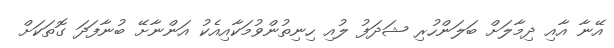
އޭނާ އާއި ދިމާލަށް ބަލަންހުރި ޝަދަފު ލުއި ހިނިތުންވުމަކާއިއެކު އަންނާށޭ ބުނާފަދަ ގޮތަކަށް